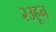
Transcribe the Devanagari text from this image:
२३हून